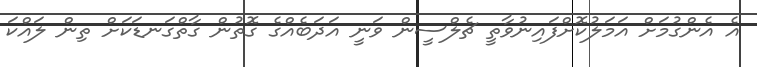
އެ އެންގުމަށް އަމަލުކޮށްފައިނުވާތީ ޗެލްސީން ވަނީ އަދަބެއްގެ ގޮތުން ގާތްގަނޑަކަށް ތިން ލައްކަ